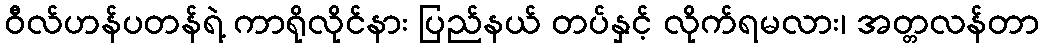
ဝီလ်ဟန်ပတန်ရဲ့ ကာရိုလိုင်နား ပြည်နယ် တပ်နှင့် လိုက်ရမလား၊ အတ္တလန်တာ